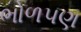
ભોળપણ